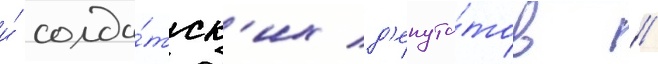
и́ солда́тск'их д'епута́тов //